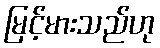
မြင့်မားသည်ဟု